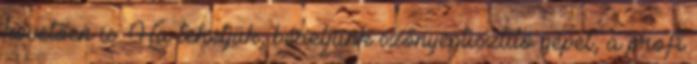
követően is. Ha tehetjük, béreljünk szőnyegtisztító gépet, a profi